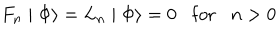
LaTeX: F _ { n } \mid \Phi \rangle = L _ { n } \mid \Phi \rangle = 0 \mathrm { f o r } n > 0